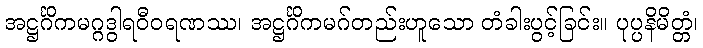
အဋ္ဌင်္ဂိကမဂ္ဂဒွါရဝီဝရဏဿ၊ အဋ္ဌင်္ဂိကမဂ်တည်းဟူသော တံခါးပွင့်ခြင်း။ ပုပ္ပနိမိတ္တံ၊